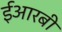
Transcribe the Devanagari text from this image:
ईआरबी